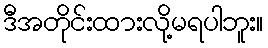
ဒီအတိုင်းထားလို့မရပါဘူး။